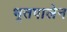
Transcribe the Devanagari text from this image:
भूतपालेन